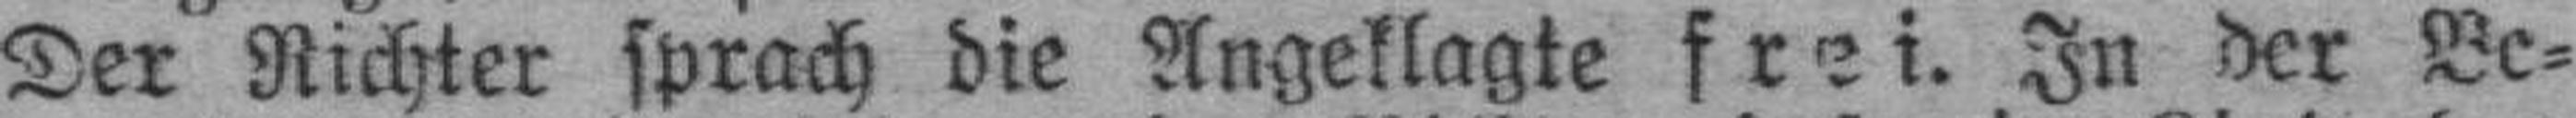
Der Richter sprach die Angeklagte frei. In der Be¬